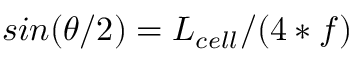
s i n ( \theta / 2 ) = L _ { c e l l } / ( 4 * f )